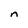
Character: n